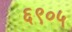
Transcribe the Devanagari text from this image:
६९०५